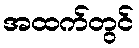
အထက်တွင်